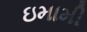
ઇમામી